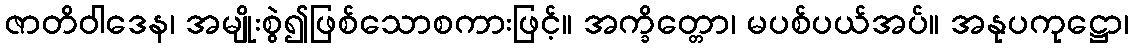
ဇာတိဝါဒေန၊ အမျိုးစွဲ၍ဖြစ်သောစကားဖြင့်။ အက္ခိတ္တော၊ မပစ်ပယ်အပ်။ အနုပကုဋ္ဌော၊